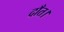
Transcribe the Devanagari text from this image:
दाँत।